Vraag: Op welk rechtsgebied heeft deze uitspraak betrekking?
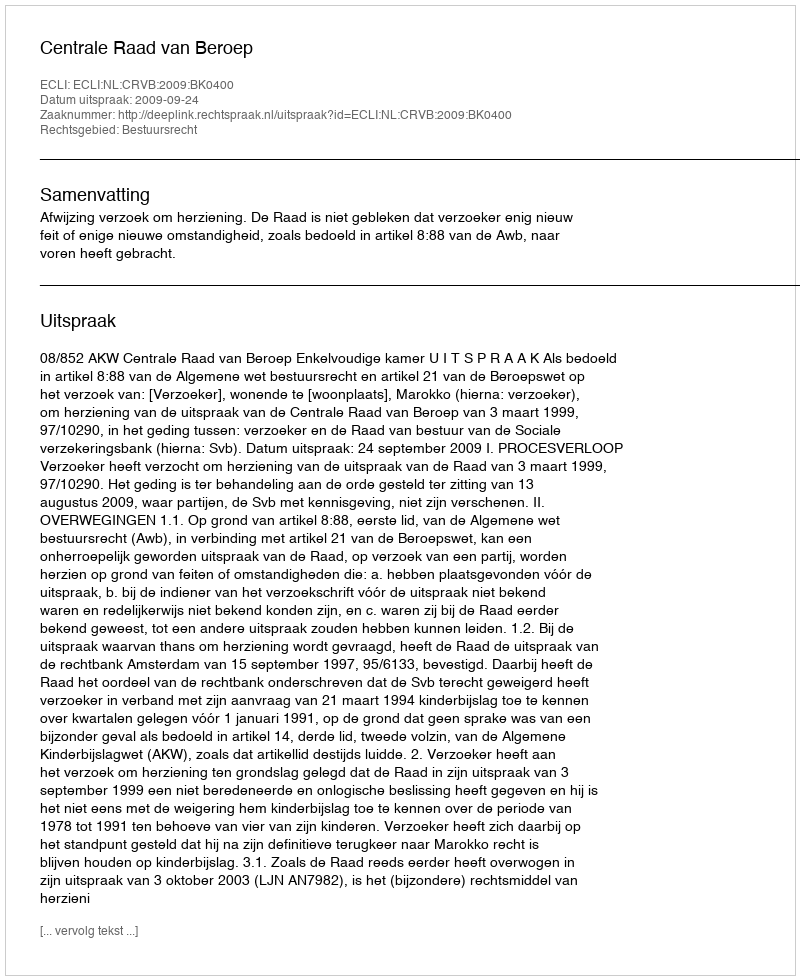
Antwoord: Bestuursrecht